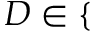
D \in \{